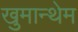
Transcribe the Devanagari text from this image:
खुमान्थेम